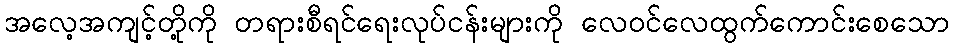
အလေ့အကျင့်တို့ကို တရားစီရင်ရေးလုပ်ငန်းများကို လေဝင်လေထွက်ကောင်းစေသော